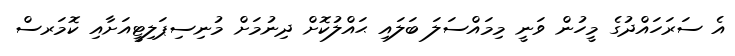
އެ ސަރަހައްދުގެ މީހުން ވަނީ މިމައްސަލަ ބަލައި ޙައްލުކޮށް ދިނުމަށް މުނިސިޕަލިޓީއަށާއި ކޮމަރސް